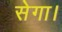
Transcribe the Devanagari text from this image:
सेगा।